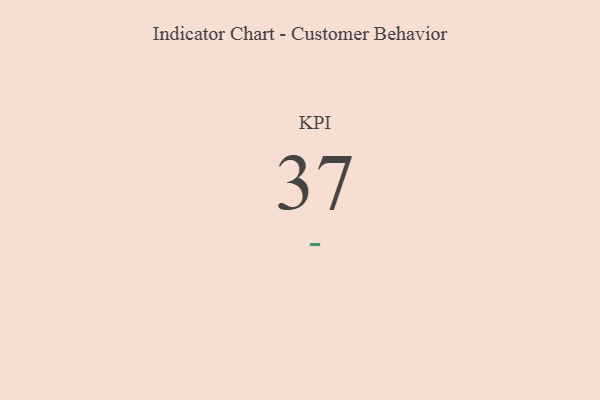
{"axis": {"x": "KPI", "y": "Value"}, "legend": [""], "data": [{"x": "KPI", "y": 37, "type": ""}]}